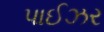
પાઈઝર